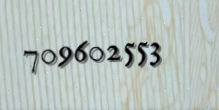
709602553